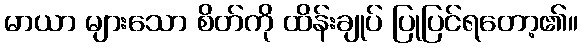
မာယာ များသော စိတ်ကို ထိန်းချုပ် ပြုပြင်ရတော့၏။